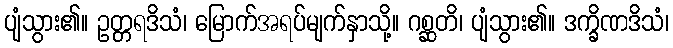
ပျံသွား၏။ ဥတ္တရဒိသံ၊ မြောက်အရပ်မျက်နှာသို့။ ဂစ္ဆတိ၊ ပျံသွား၏။ ဒက္ခိဏဒိသံ၊